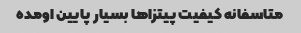
متاسفانه کیفیت پیتزاها بسیار پایین اومده